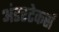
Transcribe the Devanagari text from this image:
अंडरटेकर्स